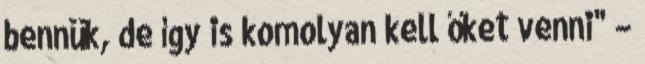
bennük, de így is komolyan kell őket venni" –